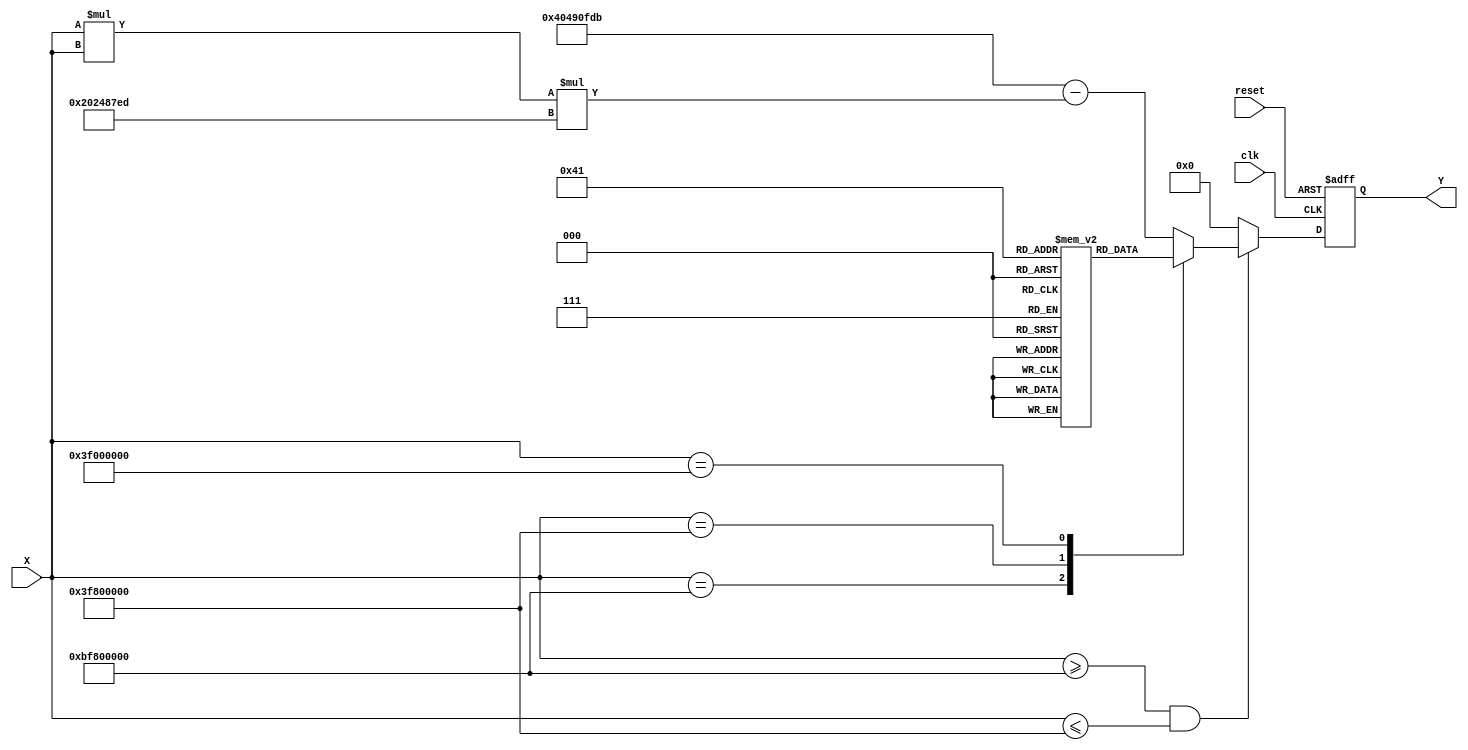
module acos_block (
    input wire [31:0] X,      // Input signal (floating-point representation)
    output reg [31:0] Y,      // Output signal (angle in radians)
    input wire clk,           // Clock signal
    input wire reset          // Reset signal
);

    // Define constants for the output range
    parameter PI = 32'h40490fdb; //  in IEEE 754 single-precision
    parameter PI_OVER_2 = 32'h3f490fdb; // /2 in IEEE 754 single-precision

    // LUT for specific values of acos
    reg [31:0] lut [0:10]; // LUT for acos values at specific intervals
    initial begin
        lut[0] = PI;          // acos(-1)
        lut[1] = 32'h3f800000; // acos(0) = /2
        lut[2] = 32'h3f490fdb; // acos(0.5) = /3
        lut[3] = 32'h3f2aaa3d; // acos(0.866) = /6
        lut[4] = 32'h3f000000; // acos(1) = 0
        // Add more values as needed
    end

    // Internal signal for range checking
    reg valid_input;

    // Control logic for range checking and computation
    always @(posedge clk or posedge reset) begin
        if (reset) begin
            Y <= 32'b0; // Reset output
            valid_input <= 1'b0;
        end else begin
            // Check if input is within the valid range [-1, 1]
            if (X >= 32'hBF800000 && X <= 32'h3F800000) begin // -1.0 to 1.0
                valid_input <= 1'b1;
                // Simple LUT access for specific values
                case (X)
                    32'hBF800000: Y <= lut[0]; // acos(-1)
                    32'h3F800000: Y <= lut[4]; // acos(1)
                    32'h3F000000: Y <= lut[1]; // acos(0)
                    // Add more cases for other LUT values
                    default: begin
                        // Polynomial approximation for values not in LUT
                        // Example: Using a simple polynomial approximation
                        // This is a placeholder; a real polynomial would be more complex
                        Y <= PI - (X * X * (PI / 2)); // Simplified approximation
                    end
                endcase
            end else begin
                valid_input <= 1'b0; // Invalid input
                Y <= 32'b0; // Set output to zero or error value
            end
        end
    end

endmodule